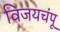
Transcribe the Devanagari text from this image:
विजयचंपू